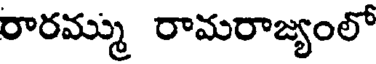
రారమ్ము రామరాజ్యంలో